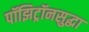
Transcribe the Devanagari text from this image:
पॉझिट्रॉनसुद्धा